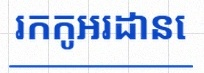
រកកូអរដោនេ